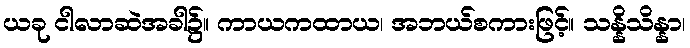
ယခု ငါလာဆဲအခါ၌။ ကာယကထာယ၊ အဘယ်စကားဖြင့်။ သန္နိသိန္နာ၊